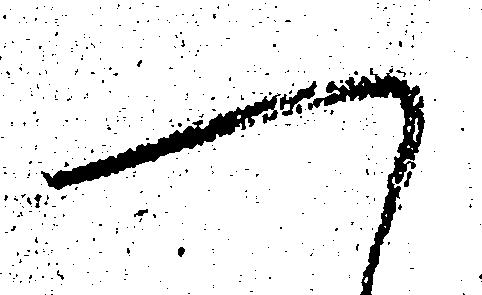
へ